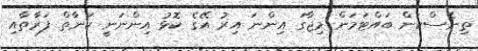
ތިނެސްކަން ބައްޓަމަން މިޖާގަ އިންނަ އިރު އޭގެ ކޮޅު އިންނަނީ ކަނާތް ފަރާތާއި